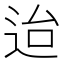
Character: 迨